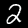
Digit: 2